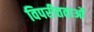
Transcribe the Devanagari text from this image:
विपरीतताओं